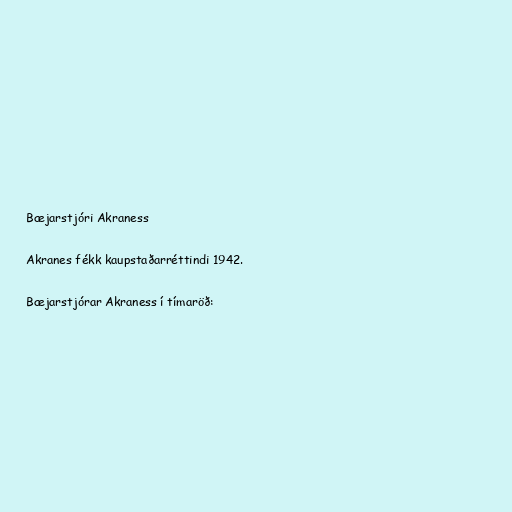
Bæjarstjóri Akraness

Akranes fékk kaupstaðarréttindi 1942.

Bæjarstjórar Akraness í tímaröð: